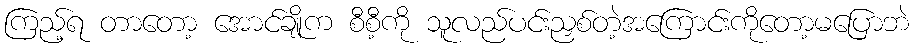
ကြည့်ရ တာတော့ အောင်ချိုက စီစီ့ကို သူလည်ပင်းညှစ်တဲ့အကြောင်းကိုတော့မပြောဘဲ